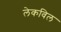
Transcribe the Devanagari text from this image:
लेकविल